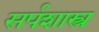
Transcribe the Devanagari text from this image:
सर्पशास्त्र